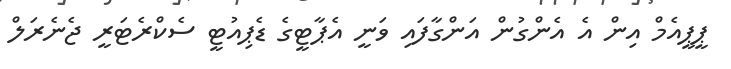
ޕީޕީއެމް އިން އެ އެންގުން އަންގާފައި ވަނީ އެޕާޓީގެ ޑެޕިއުޓީ ސެކްރެޓަރީ ޖެނެރަލް